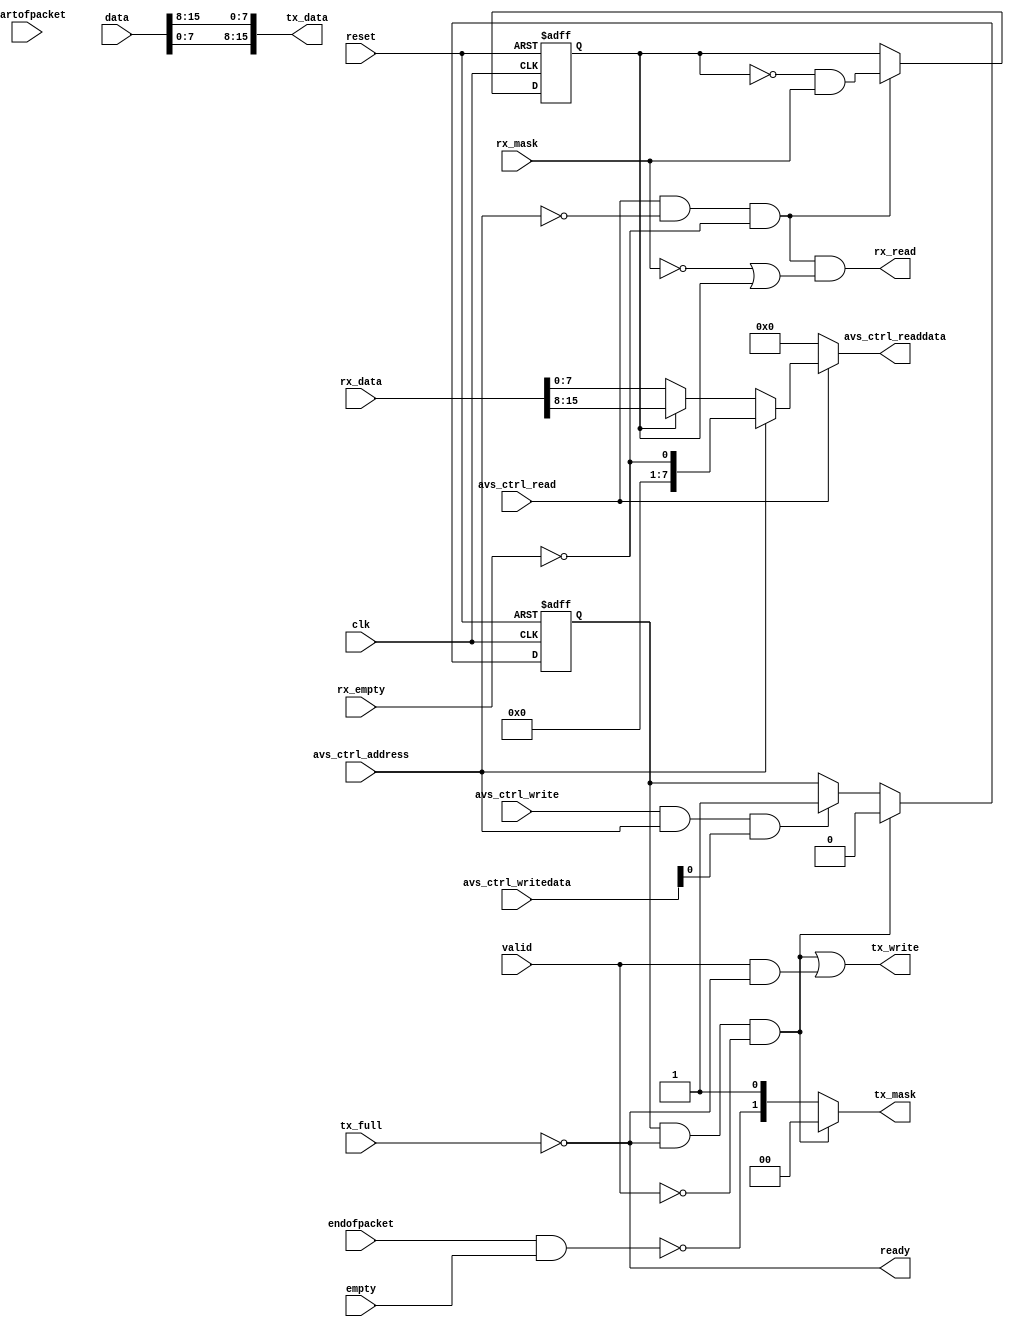
module usb_avalon_16bit
(
	input clk,
	input reset,
	input avs_ctrl_address,
	input avs_ctrl_write,
	input [7:0]avs_ctrl_writedata,
	input avs_ctrl_read,
	output [7:0]avs_ctrl_readdata,
	output ready,
	input valid,
	input [15:0]data,
	input startofpacket,
	input endofpacket,
	input empty,
	output tx_write,
	output [15:0]tx_data,
	output [1:0]tx_mask,
	input  tx_full,
	output rx_read,
	input  [15:0]rx_data,
	input  rx_mask,
	input  rx_empty
);
	wire [7:0]readdata_fifo;
	wire [7:0]status = { 7'b0000000, !rx_empty };
	wire si_request; 
	assign si_request = avs_ctrl_write && avs_ctrl_address && avs_ctrl_writedata[0];
	assign avs_ctrl_readdata = avs_ctrl_read ?
		(avs_ctrl_address ? status : readdata_fifo) : 8'd0;
	reg rx_upper;
	assign readdata_fifo = rx_upper ? rx_data[15:8] : rx_data[7:0];
	assign rx_read = avs_ctrl_read && !avs_ctrl_address && !rx_empty && (!rx_mask || rx_upper);
	always @(posedge clk or posedge reset)
	begin
		if (reset) rx_upper <= 0;
		else if (avs_ctrl_read && !avs_ctrl_address && !rx_empty)
			rx_upper <= !rx_upper && rx_mask;
	end
	assign ready  = !tx_full;
	wire tx_empty = endofpacket && empty;
	wire tx_write_dat = valid && ready;
	reg si; 
	wire si_send = si && ready && !valid;
	always @(posedge clk or posedge reset)
	begin
		if (reset) si <= 0;
		else if (si_send)    si <= 0;
		else if (si_request) si <= 1;
	end
	assign tx_data = {data[7:0], data[15:8]};
	assign tx_mask = si_send ? 2'b00 : {!tx_empty, 1'b1};
	assign tx_write = si_send || tx_write_dat;
endmodule